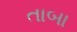
તાબા